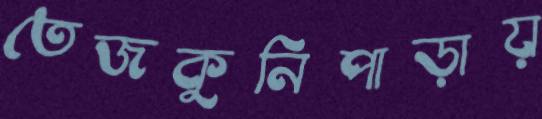
তেজকুনিপাড়ায়